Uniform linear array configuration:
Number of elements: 4
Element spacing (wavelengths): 1
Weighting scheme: blackman
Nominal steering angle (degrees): -30
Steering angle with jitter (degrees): -28.701
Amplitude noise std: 0.05
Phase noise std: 0.05

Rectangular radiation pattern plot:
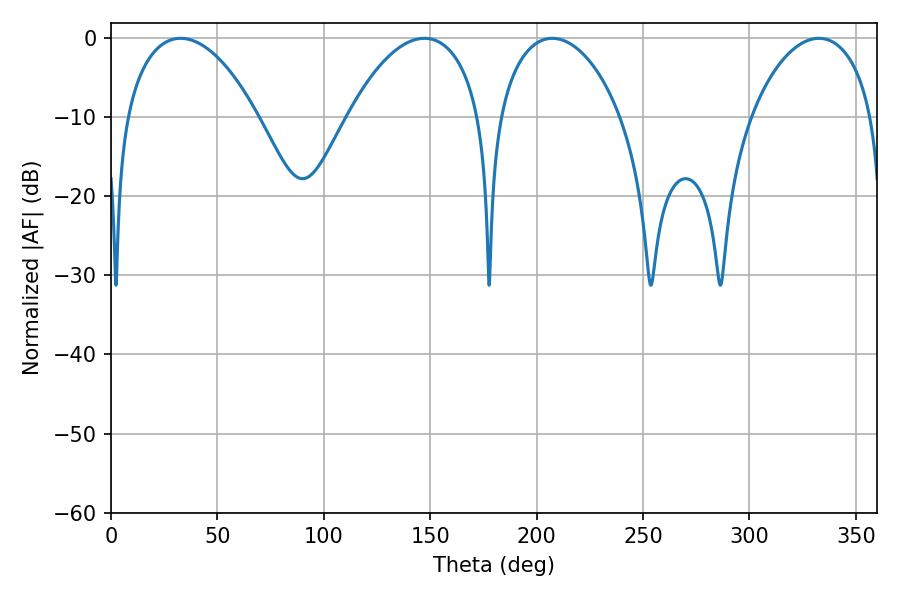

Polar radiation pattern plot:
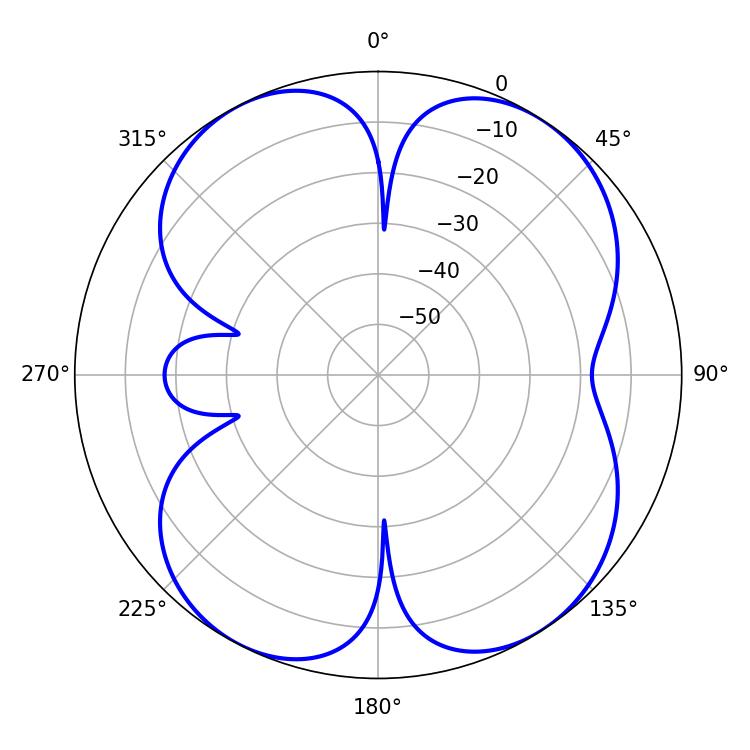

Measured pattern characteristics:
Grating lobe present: TRUE
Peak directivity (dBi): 10.773
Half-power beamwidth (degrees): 32.94
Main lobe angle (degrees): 207.36